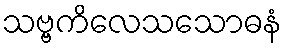
သဗ္ဗကိလေသသောဓနံ